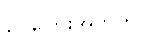
ငွေကြေးအတွက်